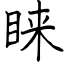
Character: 睐